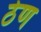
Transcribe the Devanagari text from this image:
ठेण